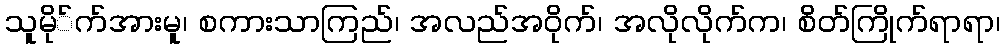
သူမို်က်အားမူ၊ စကားသာကြည်၊ အလည်အဝိုက်၊ အလိုလိုက်က၊ စိတ်ကြိုက်ရာရာ၊